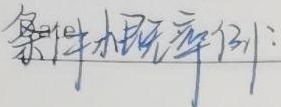
条件概率例：